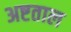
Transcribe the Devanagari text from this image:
अष्टताल